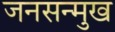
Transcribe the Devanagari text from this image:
जनसन्मुख